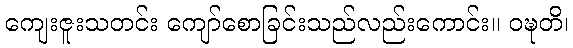
ကျေးဇူးသတင်း ကျော်စောခြင်းသည်လည်းကောင်း။ ဝဍ္ဎတိ၊